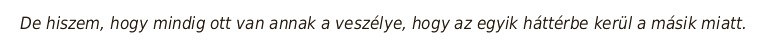
De hiszem, hogy mindig ott van annak a veszélye, hogy az egyik háttérbe kerül a másik miatt.